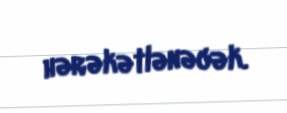
hərəkətlənəcək.